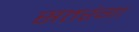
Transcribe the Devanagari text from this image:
सतरंगा